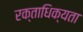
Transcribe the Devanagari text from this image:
रक्ताधिक्यता